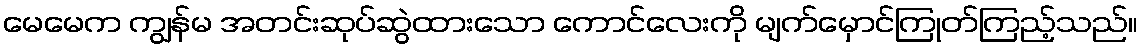
မေမေက ကျွန်မ အတင်းဆုပ်ဆွဲထားသော ကောင်လေးကို မျက်မှောင်ကြုတ်ကြည့်သည်။